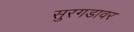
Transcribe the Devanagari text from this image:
सुरगडावर